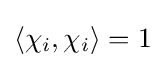
\left\langle \chi _{i},\chi _{i}\right\rangle =1